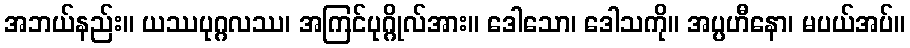
အဘယ်နည်း။ ယဿပုဂ္ဂလဿ၊ အကြင်ပုဂ္ဂိုလ်အား။ ဒေါသော၊ ဒေါသကို။ အပ္ပဟီနော၊ မပယ်အပ်။